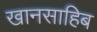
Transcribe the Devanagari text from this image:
खानसाहिब